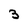
Character: 3